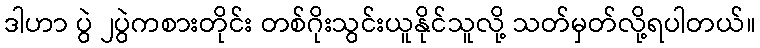
ဒါဟာ ပွဲ ၂ပွဲကစားတိုင်း တစ်ဂိုးသွင်းယူနိုင်သူလို့ သတ်မှတ်လို့ရပါတယ်။